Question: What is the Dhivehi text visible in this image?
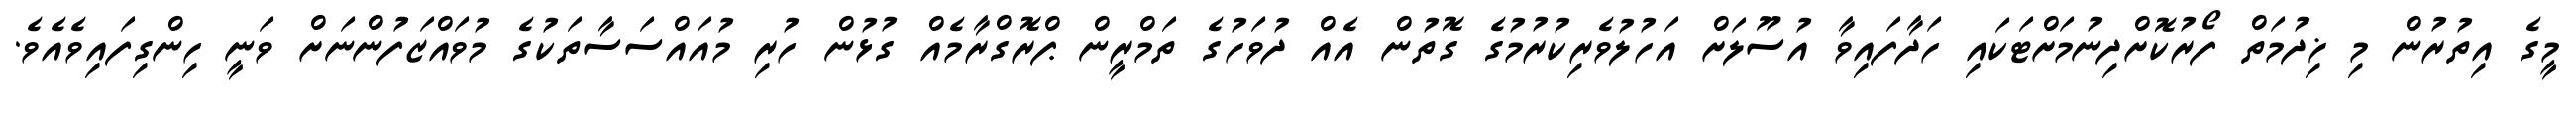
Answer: މީގެ އިތުރުން މި ޚިދުމަތް ފޯރުކޮށްދިނުމަށްޓަކައި ހަދާފައިވާ އުސޫލަށް އަހުލުވެރިކުރުމުގެ ގޮތުން އެއް ދުވަހުގެ ތަމްރީން ޕްރޮގްރާމެއް ގުޅުން ހުރި މުއައްސަސާތަކުގެ މުވައްޒަފުންނަށް ވަނީ ހިންގިފައިވެއެވެ.